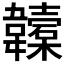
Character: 𩏮